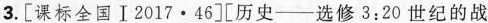
3.[课标全国Ⅰ2017·46][历史—选修3:20世纪的战